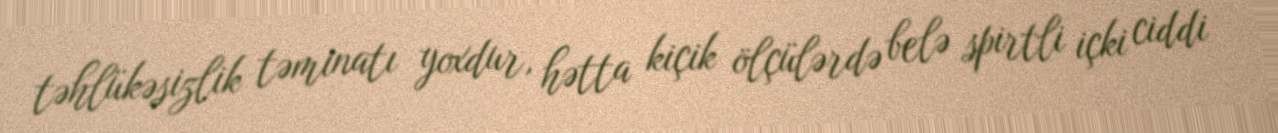
təhlükəsizlik təminatı yoxdur, hətta kiçik ölçülərdə belə spirtli içki ciddi